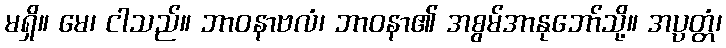
မရှိ။ မေ၊ ငါသည်။ ဘာဝနာဗလံ၊ ဘာဝနာ၏ အစွမ်အာနုဘော်သို့။ အပ္ပတ္တံ၊